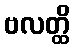
ဗလတ္ထိ